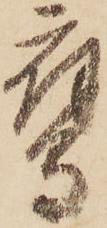
鷹